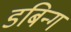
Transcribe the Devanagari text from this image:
डबिन्ग